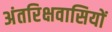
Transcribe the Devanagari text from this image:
अंतरिक्षवासियों